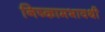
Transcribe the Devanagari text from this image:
निष्कामभावथी